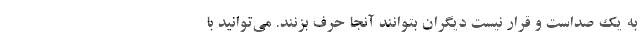
به یک صداست و قرار نیست دیگران بتوانند آنجا حرف بزنند. می‌توانید با